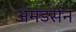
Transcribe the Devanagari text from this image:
अमंडसेन